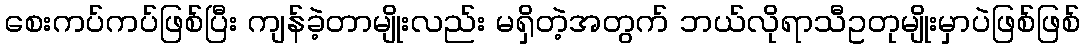
စေးကပ်ကပ်ဖြစ်ပြီး ကျန်ခဲ့တာမျိုးလည်း မရှိတဲ့အတွက် ဘယ်လိုရာသီဥတုမျိုးမှာပဲဖြစ်ဖြစ်